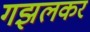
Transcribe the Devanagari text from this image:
गझलकर